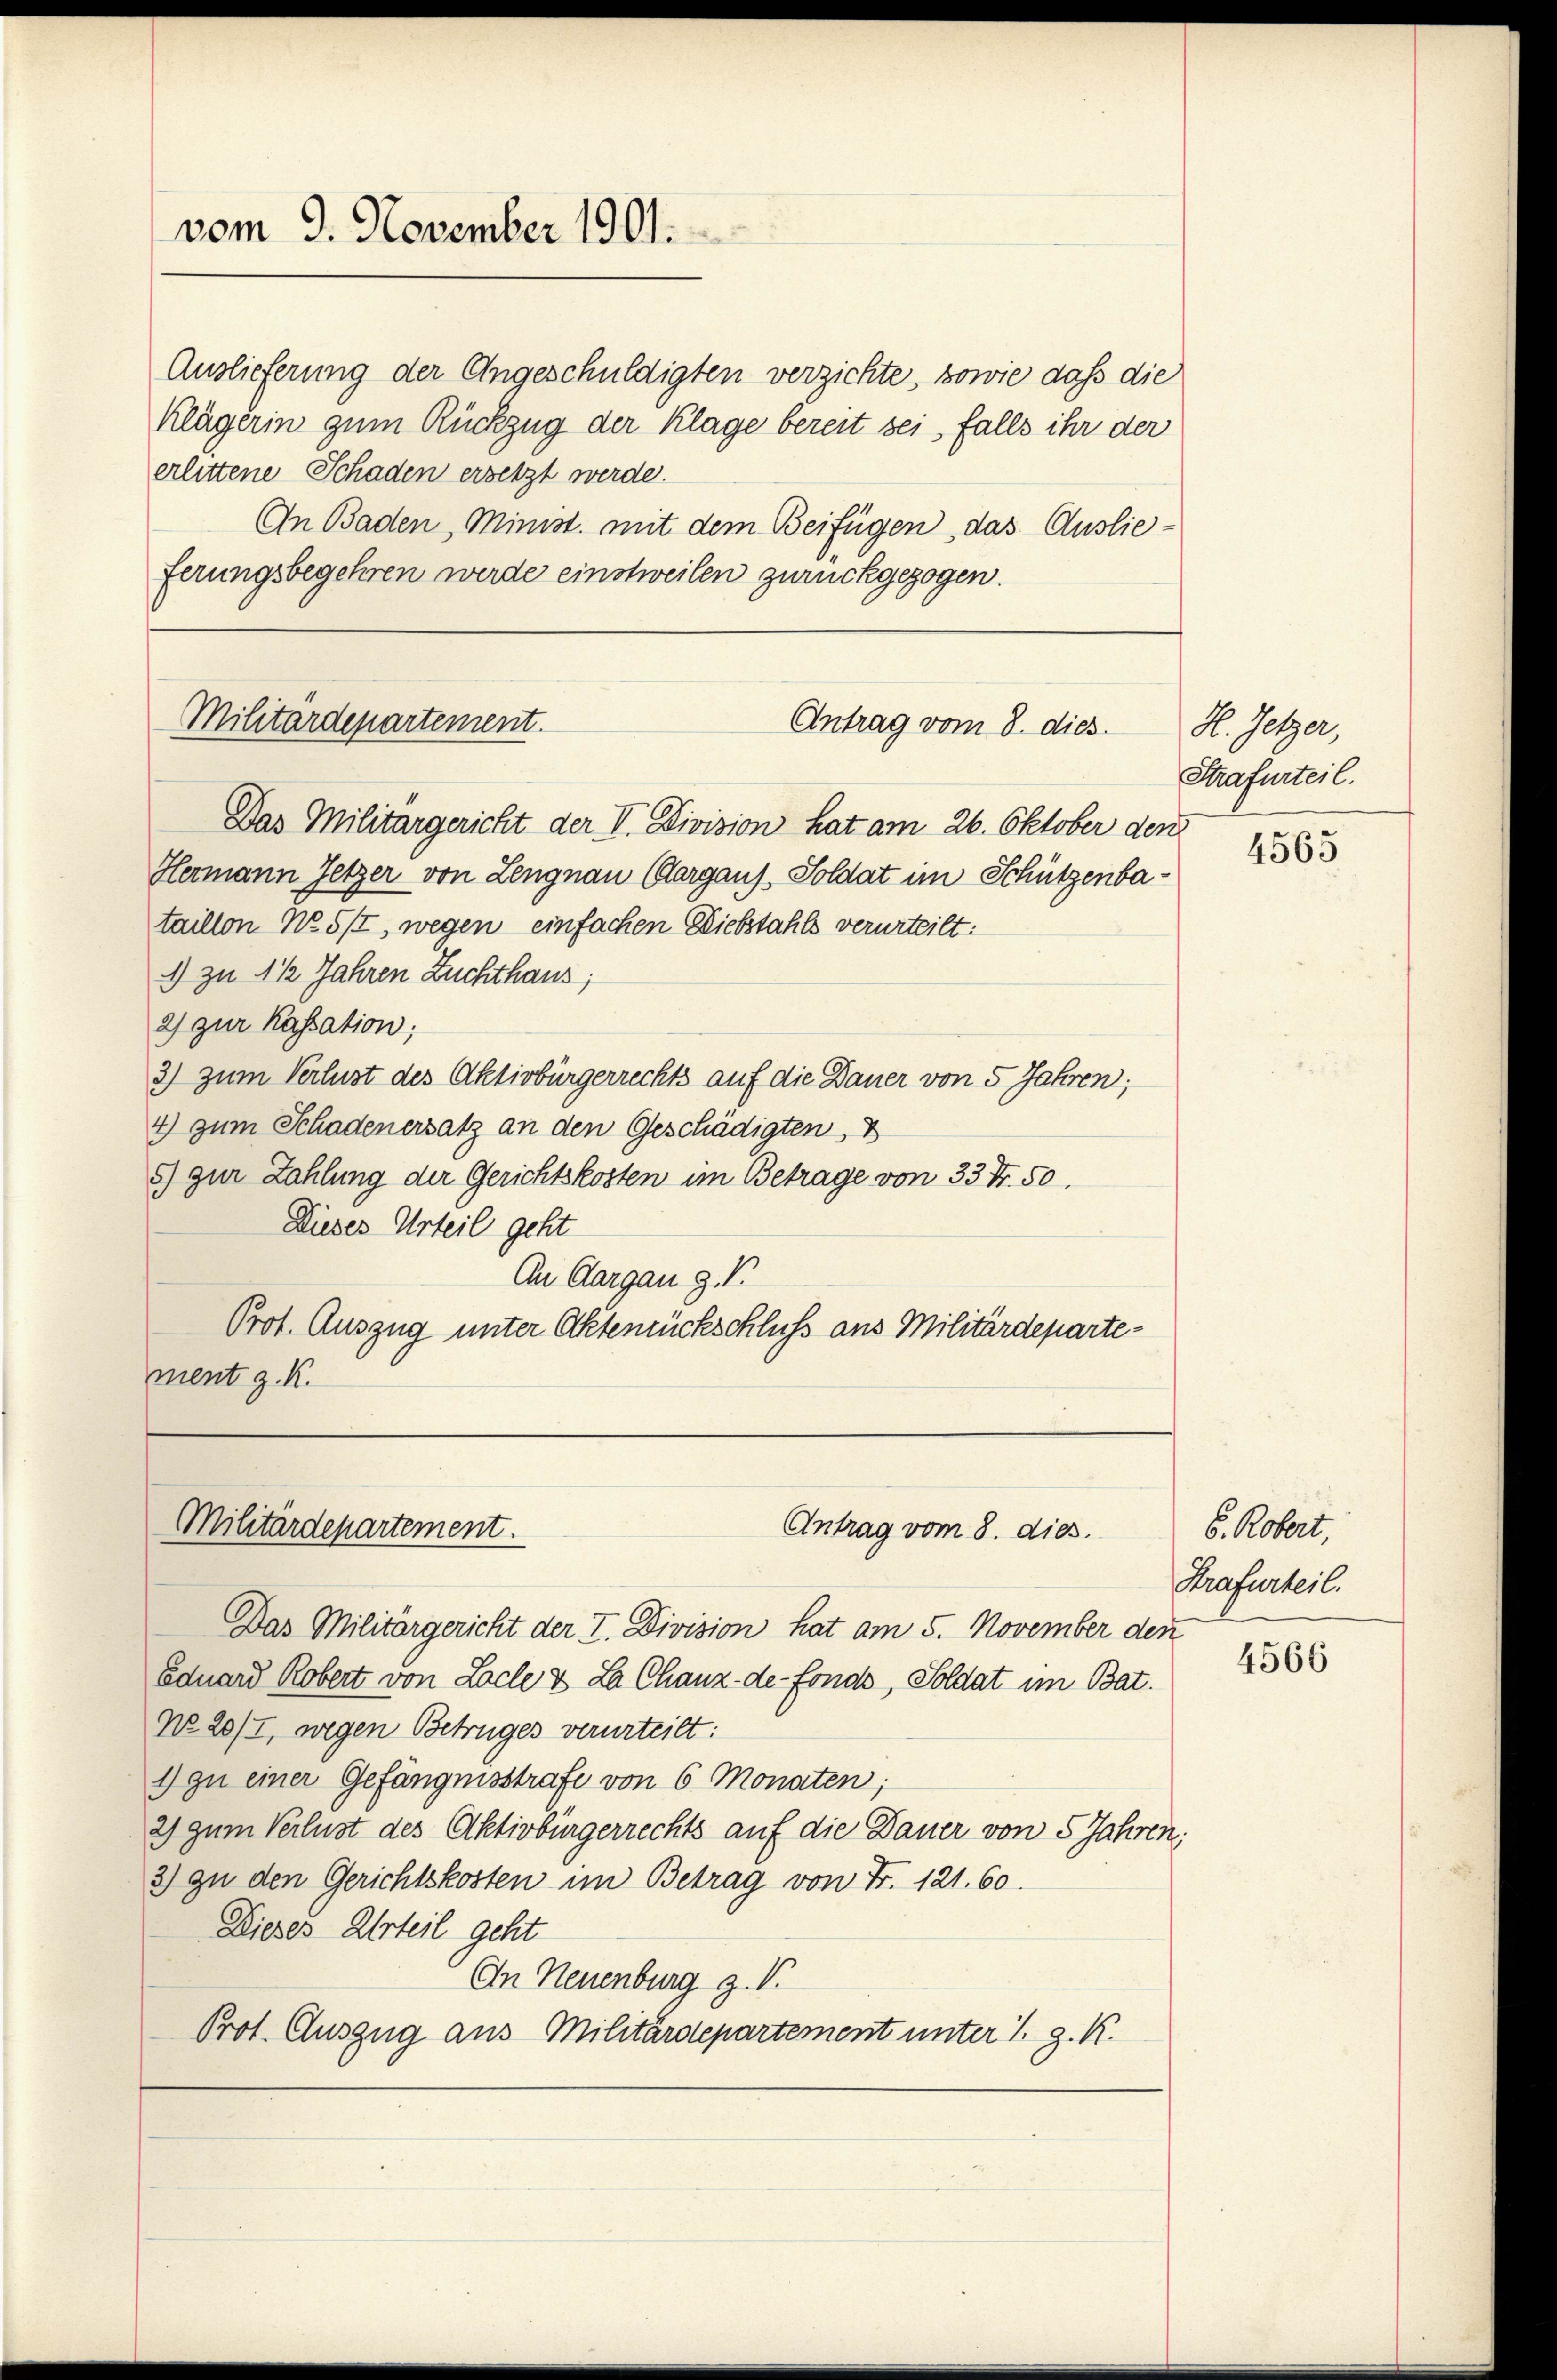
vom 9. November 1901.

Auslieferung der Angeschuldigten verzichte, sowie dass die
Klägerin zum Rückzug der Klage bereit sei, falls ihr der
erlittene Schaden ersetzt werde.
An Baden, Minist. mit dem Beifügen, das Auslieferungsbegehren werde einstweilen zurückgezogen.

Militärdepartement.

Das Militärgericht der V. Division hat am 26. Oktober den
Hermann Jetzer von Lengnau (Aargaus, Soldat im Schützenbataillon No. 5/I, wegen einfachen Diebstahls verurteilt:
1) zu 1 1/2 Jahren Zuchthaus;
2) zur Kassation;
3) zum Verlust des Aktivbürgerrechts auf die Dauer von 5 Jahren;
4) zum Schadenersatz an den Geschädigten,
5) zur Zahlung der Gerichtskosten im Betrage von 33 Fr. 50.
Dieses Urteil geht
An Aargau g. T.
Prot. Auszug unter Aktenrückschluss aus Militärdepartement z. K.

Antrag vom 8. dies

Militärdepartement.
Antrag vom 8. dies.

Das Militärgericht der I. Division hat am 5. November den
Eduard Robert von Loche & La Chanz-de-Fonds, Soldat im Bat.
No. 20/I, wegen Betruges verurteilt:
1) zu einer Gefängnisstrafe von 6 Monaten;
2) zum Verlust des Aktivbürgerrechts auf die Dauer von 5 Jahren,
2) zu den Gerichtskosten im Betrag von Fr. 121. 60.
Dieses Urteil geht
On Neuenburg z. V.
Prot. Auszug aus Militärdepartement unter 1. g. K.

H. Jetzer,
Strafurteil.

4565

6. Robert,
Strafurteil.

4566